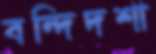
বন্দিদশা